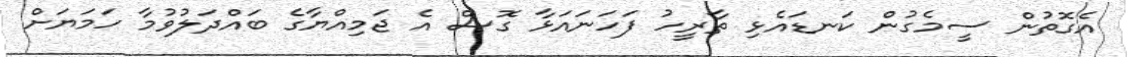
އެގޮތުން ސީމެގުން ކަނޑައެޅި ތާރީހު ފަހަނައަޅާ ގޮސް އެ ޖަމިއްޔާގެ ބައްދަލުވުމާ ހަމަޔަށް